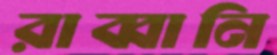
রাব্বানি